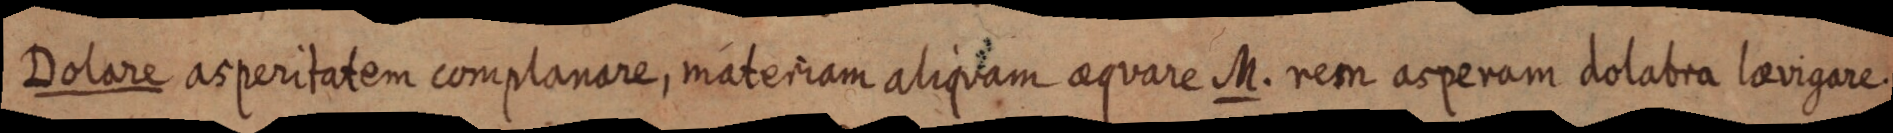
Dolare asperitatem complanare, materiam aliquam aequare M. rem asperam dolabra laevigare.